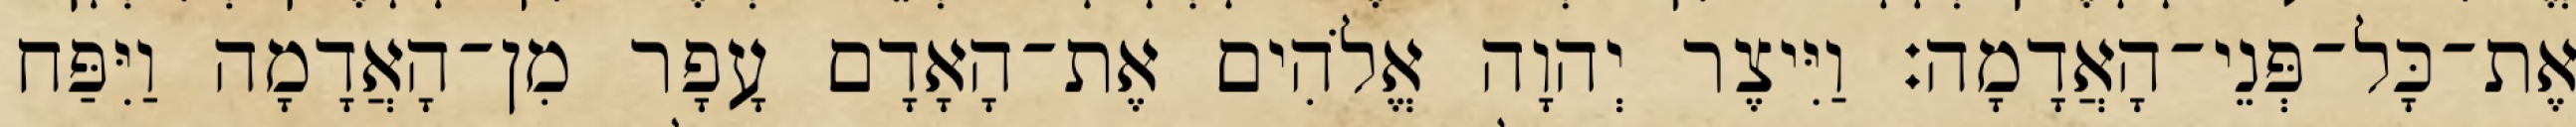
אֶת־כָּל־פְּנֵי־הָאֲדָמָה׃ וַיִּיצֶר יְהוָה אֱלֹהִים אֶת־הָאָדָם עָפָר מִן־הָאֲדָמָה וַיִּפַּח